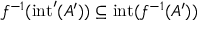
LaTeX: f ^ { - 1 } ( \mathrm { i n t } ^ { \prime } ( A ^ { \prime } ) ) \subseteq \mathrm { i n t } ( f ^ { - 1 } ( A ^ { \prime } ) )